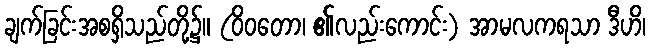
ချက်ခြင်းအစရှိသည်တို့၌။ (ဝိဝတော၊ ၏လည်းကောင်း) အာမလကရသာ ဒီဟိ၊